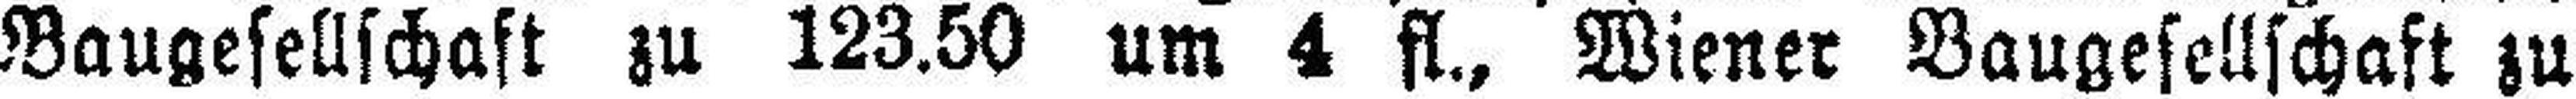
Baugesellschaft zu 123.50 um 4 fl., Wiener Baugesellschaft zu